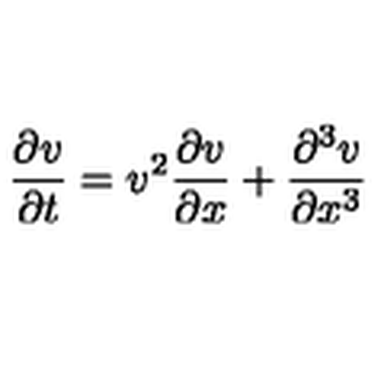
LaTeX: { \frac { \partial v } { \partial t } } = v ^ { 2 } { \frac { \partial v } { \partial x } } + { \frac { \partial ^ { 3 } v } { \partial x ^ { 3 } } }